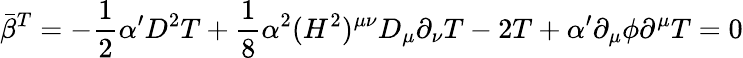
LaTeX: \bar{\beta}^{T}=-\frac{1}{2}\alpha^{\prime}D^{2}T+\frac{1}{8}\alpha^{2}(H^{2})^{\mu\nu}D_{\mu}\partial_{\nu}T-2T+\alpha^{\prime}\partial_{\mu}\phi\partial^{\mu}T=0